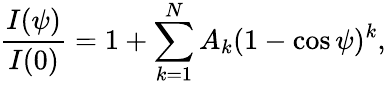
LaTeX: {\frac{I(\psi)}{I(0)}}=1+\sum_{k=1}^{N}A_{k}(1-\cos\psi)^{k},